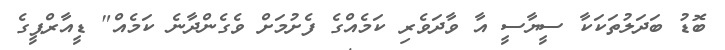
ބޮޑު ބަދަލުތަކަކާ ސީޔާސީ އާ ވާދަވެރި ކަމެއްގެ ފެށުމަށް ވެގެންދާނެ ކަމެއް" ޑީއާރްޕީގެ